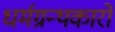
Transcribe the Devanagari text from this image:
धर्मग्रन्थकारों